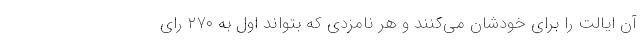
آن ایالت را برای خودشان می‌کنند و هر نامزدی که بتواند اول به ۲۷۰ رای